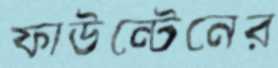
ফাউন্টেনের